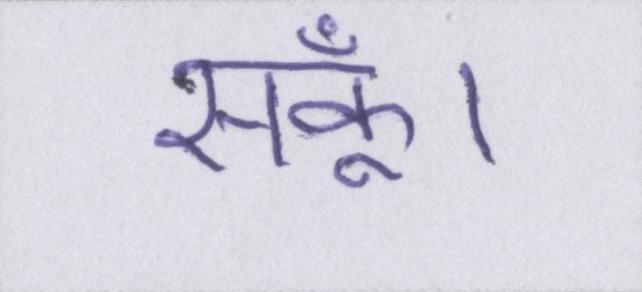
सकूँ।